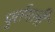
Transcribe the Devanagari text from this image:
पुर्तगली